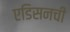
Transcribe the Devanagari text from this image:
एडिसनची